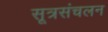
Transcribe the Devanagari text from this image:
सूत्रसंचलन